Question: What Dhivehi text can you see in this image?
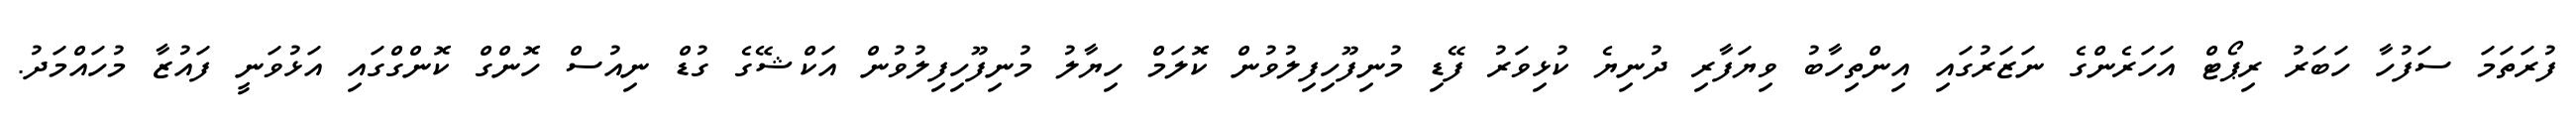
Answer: ފުރަތަމަ ސަފުހާ ހަބަރު ރިޕޯޓް އަހަރެންގެ ނަޒަރުގައި އިންތިހާބު ވިޔަފާރި ދުނިޔެ ކުޅިވަރު ފޭޑި މުނިފޫހިފިލުވުން ކޮލަމް ހިޔާލު މުނިފޫހިފިލުވުން އަކްޝޭގެ ގުޑް ނިއުސް ހޮންގް ކޮންގްގައި އަޅުވަނީ ފައުޒާ މުހައްމަދު.